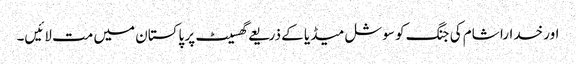
اور خدارا شام کی جنگ کو سوشل میڈیا کے ذریعے گھسیٹ پر پاکستان میں مت لائیں۔